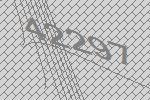
42297